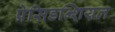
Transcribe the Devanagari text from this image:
प्रेसिडन्शियल